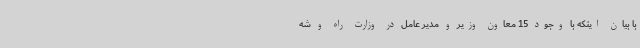
با بیان اینکه با وجود 15 معاون وزیر و مدیر عامل در وزارت راه و شه